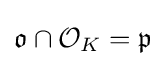
{\mathfrak {o}}\cap {\mathcal {O}}_{K}={\mathfrak {p}}